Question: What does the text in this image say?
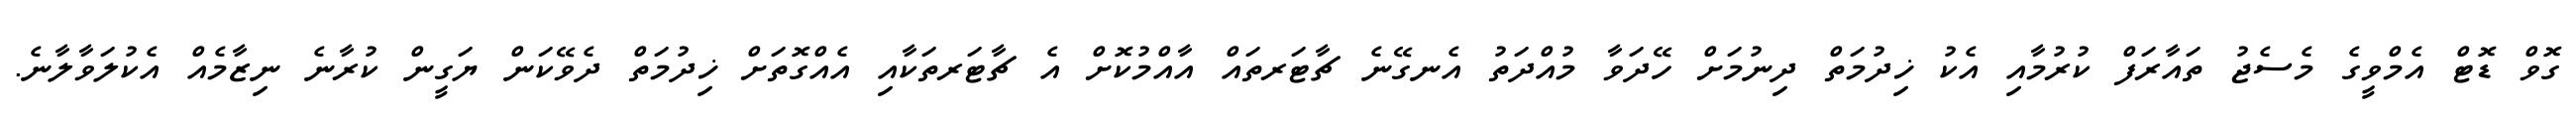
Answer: ގޮވް ޑޮޓް އެމްވީގެ މެސެޖު ތައާރަފް ކުރުމާއި އެކު ޚިދުމަތް ދިނުމަށް ހޭދަވާ މުއްދަތު އެނގޭނެ ޗާޓަރތައް އާއްމުކޮށް އެ ޗާޓަރތަކާއި އެއްގޮތަށް ޚިދުމަތް ދެވޭކަން ޔަގީން ކުރާނެ ނިޒާމެއް އެކުލަވާލާނެ.